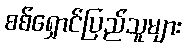
စစ်ရှောင်ပြည်သူများ